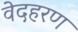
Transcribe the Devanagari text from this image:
वेदहरण